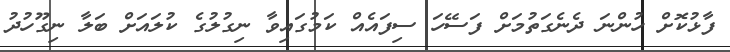
ފާޅުކޮށް ހުންނަ ދެނެގަތުމަށް ފަސޭހަ ސިފައެއް ކަމުގައިވާ ނިގުލުގެ ކުލައަށް ބަލާ ނިގޫހުދު